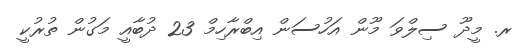
ރ. މީދޫ ސިލްވަ މޫން އަހުސަން އިބްރާހިމް 23 ދުބާއީ މަގުން ތުރުކީ